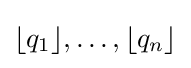
\lfloor q_{1}\rfloor ,\ldots ,\lfloor q_{n}\rfloor